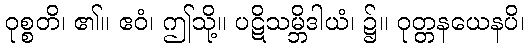
ဝုစ္စတိ၊ ၏။ ဧဝံ၊ ဤသို့။ ပဋိသမ္ဘိဒါယံ၊ ၌။ ဝုတ္တနယေနပိ၊